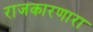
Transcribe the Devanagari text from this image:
राजकारणारा